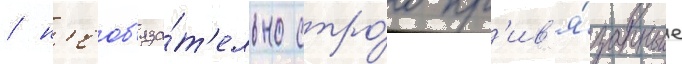
/ н'еоб'яза́т'ельно стро́го пр'ив'я́занные